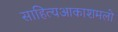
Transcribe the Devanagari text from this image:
साहित्‍यआकाशमलो